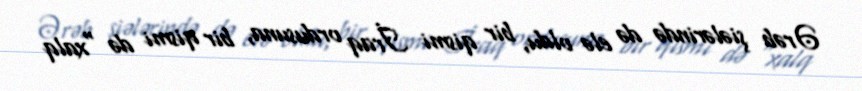
Ərəb şiələrində də elə oldu, bir qismi İraq ordusuna, bir qismi də “xalq